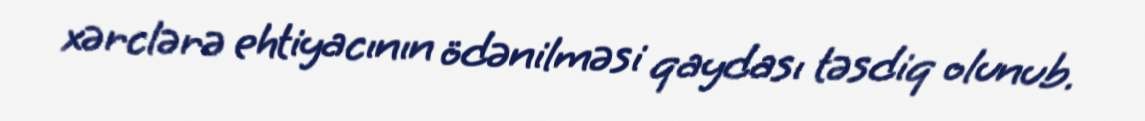
xərclərə ehtiyacının ödənilməsi qaydası təsdiq olunub.